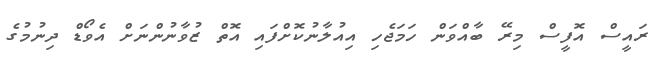
ރައީސް އޮފީސް މިރޭ ބާއްވަން ހަމަޖެހި އިއުލާނުކޮށްފައި އޮތް ޒުވާނުންނަށް އެވޯޑް ދިނުމުގެ